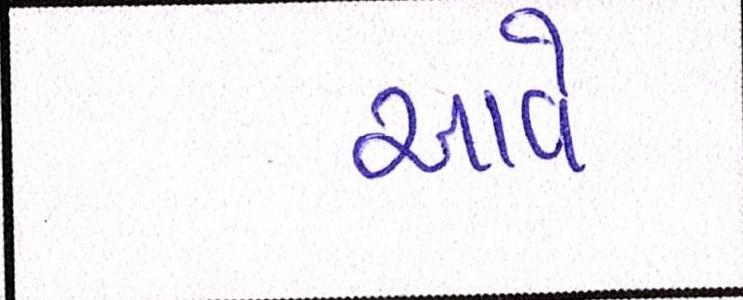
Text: આવે